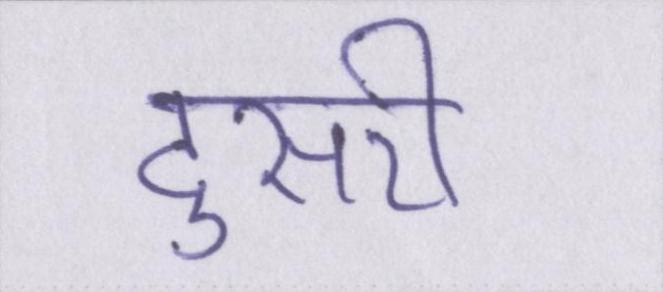
दुसरी